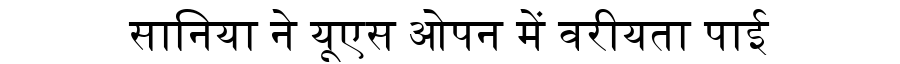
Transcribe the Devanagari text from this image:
सानिया ने यूएस ओपन में वरीयता पाई